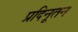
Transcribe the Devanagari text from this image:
प्रदिनूतन